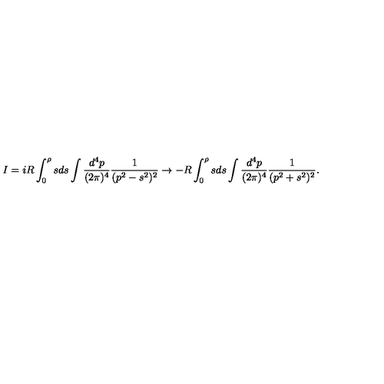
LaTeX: I = i R \int _ { 0 } ^ { \rho } s d s \int \frac { d ^ { 4 } p } { ( 2 \pi ) ^ { 4 } } \frac { 1 } { ( p ^ { 2 } - s ^ { 2 } ) ^ { 2 } } \rightarrow - R \int _ { 0 } ^ { \rho } s d s \int \frac { d ^ { 4 } p } { ( 2 \pi ) ^ { 4 } } \frac { 1 } { ( p ^ { 2 } + s ^ { 2 } ) ^ { 2 } } .